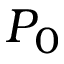
P _ { 0 }